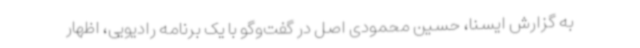
به گزارش ایسنا، حسین محمودی اصل در گفت‌وگو با یک برنامه رادیویی، اظهار